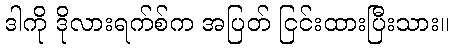
ဒါကို ဒိုလားရက်စ်က အပြတ် ငြင်းထားပြီးသား။